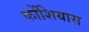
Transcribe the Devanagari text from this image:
कोंशियास